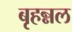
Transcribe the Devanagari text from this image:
बृहन्नल